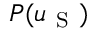
P ( u _ { \mathrm { ~ S ~ } } )